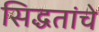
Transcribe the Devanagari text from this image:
सिद्धतांचे